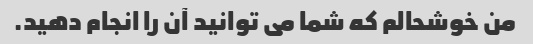
من خوشحالم که شما می توانید آن را انجام دهید.